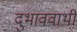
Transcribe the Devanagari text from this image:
दुभाववाथी